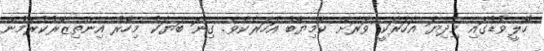
ހޮލީވުޑުގައި މިދިޔަ އަހަރަކީ ވަރަށް ކާމިޔާބު އަހަރެކެވެ. ގިނަ ބަޔަކު މިހާރު އިންތިޒާރުކުރަމުން